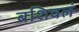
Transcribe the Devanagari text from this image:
बशिवलं